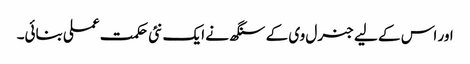
اور اس کے لیے جنرل وی کے سنگھ نے ایک نئی حکمت عملی بنائی۔